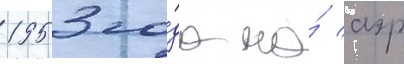
1953 го́да на́ аэр